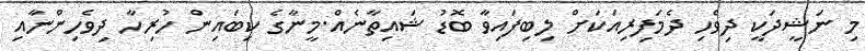
މި ނަޝީދަކީ ދިވެހި ދެމަފިރިއަކަށް ލިބިފައިވާ ބޮޑު ޝައިތާނެއް.މީނާގެ ކިބައިން ހުރިހާ ދިވެހިންނާއި